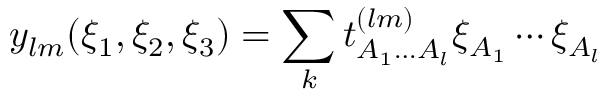
y _ { l m } ( \xi _ { 1 } , \xi _ { 2 } , \xi _ { 3 } ) = \sum _ { k } t _ { A _ { 1 } \ldots A _ { l } } ^ { ( l m ) } \xi _ { A _ { 1 } } \cdots \xi _ { A _ { l } } \,